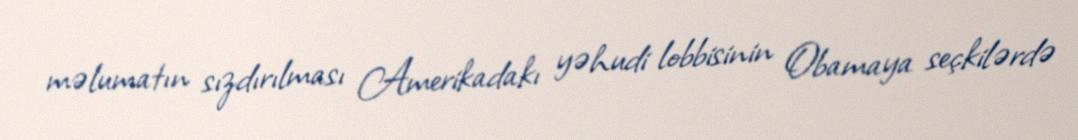
məlumatın sızdırılması Amerikadakı yəhudi lobbisinin Obamaya seçkilərdə